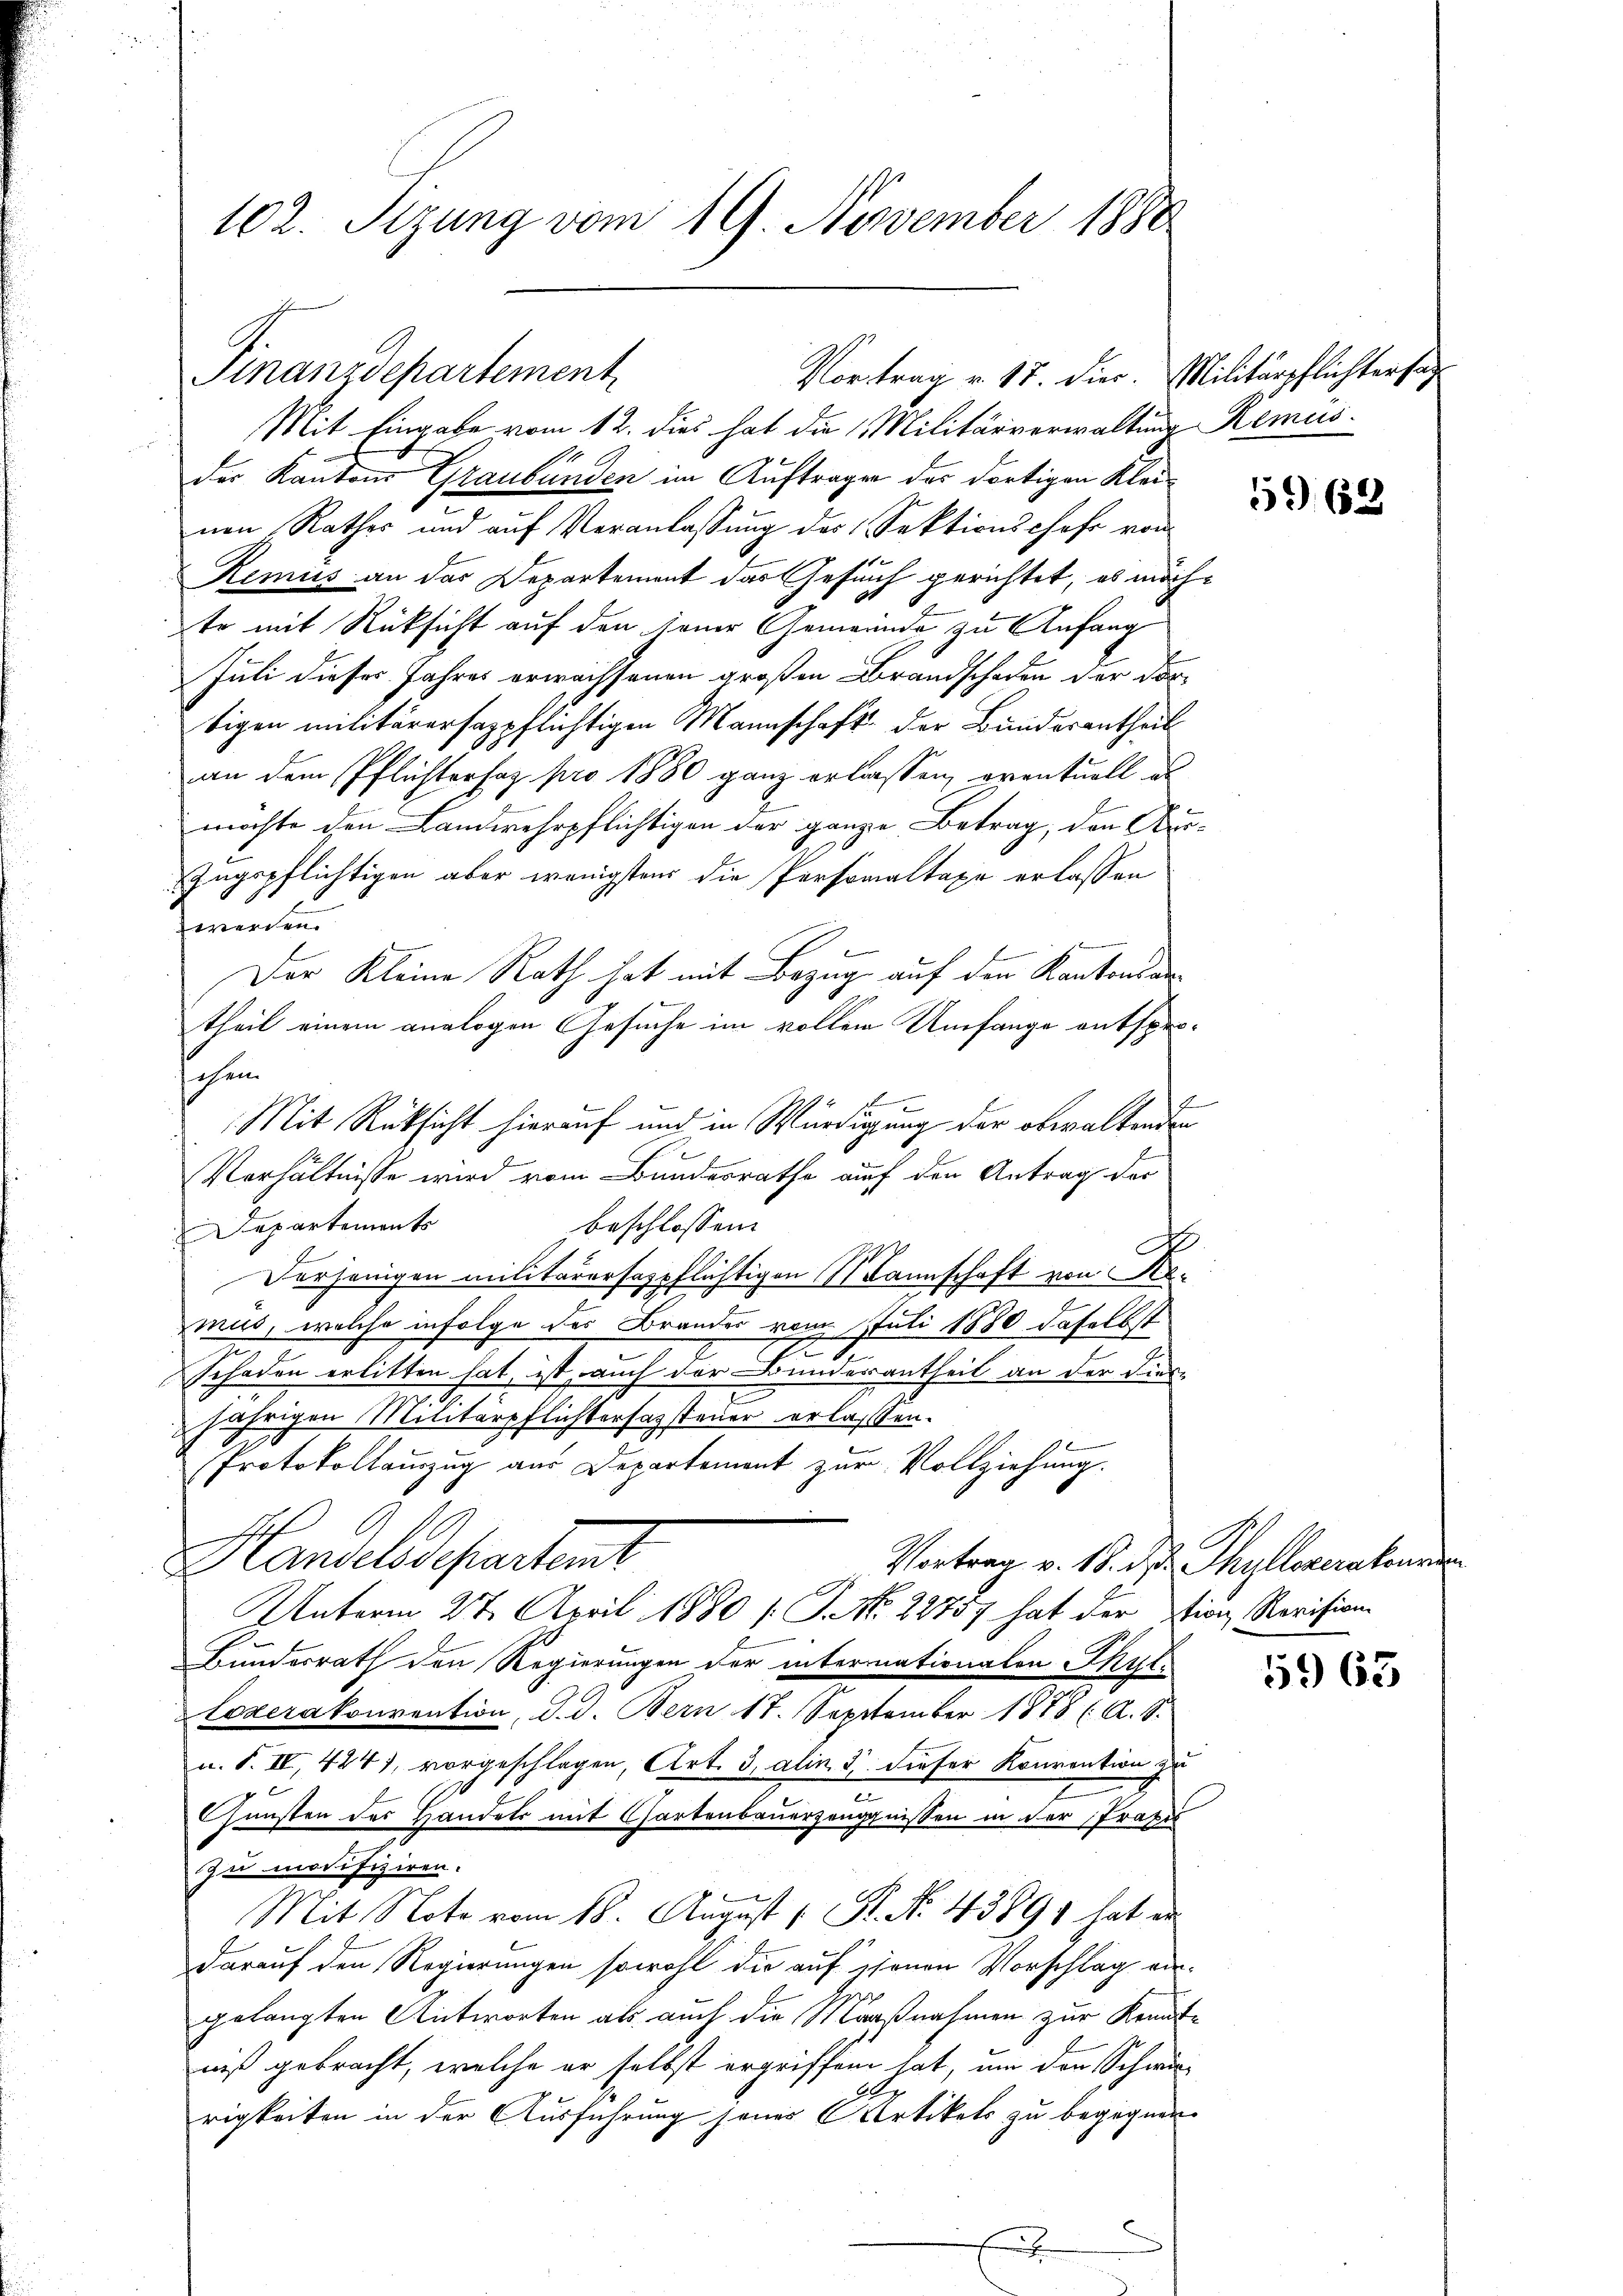
Mit Eingabe vom 12. dies hat die Militärverwaltung Remus
der Kantons Graubünden im Auftragen der dortigen Kleinen Rathes und auf Veranlassung des Sektionschaft von
Remus an das Departement das Gesuch gerichtet, es möchte mit Rücksicht auf den jener Gemeinde zu Anfang
Juli dieses Jahres erwachsenen großen Brandschaden der dortigen militärersagpflichtigen Mannschaft der Bunderentheil
an dem Pflichterhaz pro 1880 ganz erlassen, eventuell es
möchte den Landwehrpflichtigen der ganze Betrag, den Aus-
Zugspflichtigen aber wenigstens die Personaltaxe erlassen
werden.
Der Kleine Rath hat mit Bezug auf den Kantonsantheil einem analogen Gesuche im vollen Umfange entsproschen
2
Mit Rüksicht hierauf und in Würdigung der obwaltenden
Verhältnisse wird vom Bundesrathe auf den Antrag der
beschlossen:
Departement
N
Vorjenigen militärarsospflichtigen Mannschaft von Remus, welche infolge der Brandes vom Juli 1880 daselbst
7
Schaden erlitten hat, ist auch der Bunderantheil an der dies-
jährigen Militärpflichterfassteuer erlassen.
Protokollauszug aus Departement zur Vollziehung.
Handelsdepartent
Vortrag v. 15. ds. Thyllezeraten
Unterm 27. April 1880 l. J. No. 22757 hat der Ition, Revision
Bundesrath den Regierungen der internationalen Thur¬
Lozerakonvention, d. d. Bern 17. September 1878 (A. S.
u. F. IV, 424, vorgeschlagen, Art. 3, alin 3 dieser Konvention zu
6
.
Gunsten des Handels mit Gartenbauerzeugnissen in der Praxis
zu modifiziren.
Mit Note vom 18. August 1 Fr. No. 43891 hat er
darauf den Regierungen sowohl die auf jenen Vorschlag angelangten Antworten als auch die Maaßnahmen zur Kenntniß gebracht, welche er selbst ergriffen hat, um der Schwie-
Ag
rigkeiten in der Ausführung seines Artikels zu begegnen.
.

102. Sizung vom 19. November 1880

Finanzdepartement
Vortrag v. 17. dies. Militärpflichtersa

5962.

5963